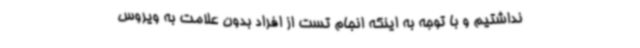
نداشتیم و با توجه به اینکه انجام تست از افراد بدون علامت به ویروس